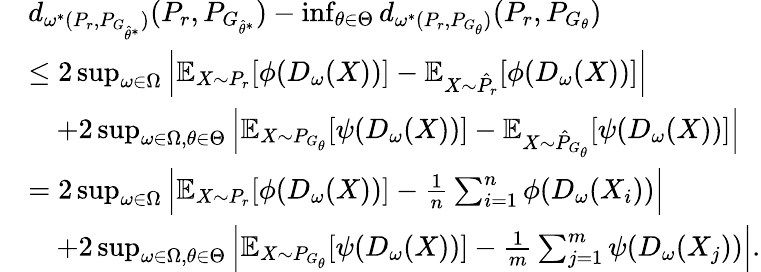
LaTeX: \begin{array}{rl}&{d_{\omega^{*}(P_{r},P_{G_{\hat{\theta}^{*}}})}(P_{r},{P}_{G_{\hat{\theta}^{*}}})-\operatorname*{inf}_{\theta\in\Theta}d_{\omega^{*}(P_{r},P_{G_{\theta}})}(P_{r},P_{G_{\theta}})}\\ &{\le 2\operatorname*{sup}_{\omega\in\Omega}\Big|\mathbb{E}_{X\sim P_{r}}[\phi(D_{\omega}(X))]-\mathbb{E}_{X\sim\hat{P}_{r}}[\phi(D_{\omega}(X))]\Big|}\\ &{\quad+2\operatorname*{sup}_{\omega\in\Omega,\theta\in\Theta}\Big|\mathbb{E}_{X\sim P_{G_{{\theta}}}}[\psi(D_{\omega}(X))]-\mathbb{E}_{X\sim\hat{P}_{G_{{\theta}}}}[\psi(D_{\omega}(X))]\Big|}\\ &{=2\operatorname*{sup}_{\omega\in\Omega}\Big|\mathbb{E}_{X\sim P_{r}}[\phi(D_{\omega}(X))]-\frac{1}{n}\sum_{i=1}^{n}\phi(D_{\omega}(X_{i}))\Big|}\\ &{\quad+2\operatorname*{sup}_{\omega\in\Omega,\theta\in\Theta}\Big|\mathbb{E}_{X\sim P_{G_{{\theta}}}}[\psi(D_{\omega}(X))]-\frac{1}{m}\sum_{j=1}^{m}\psi(D_{\omega}(X_{j}))\Big|.}\end{array}